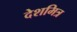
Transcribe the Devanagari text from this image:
देशमित्र